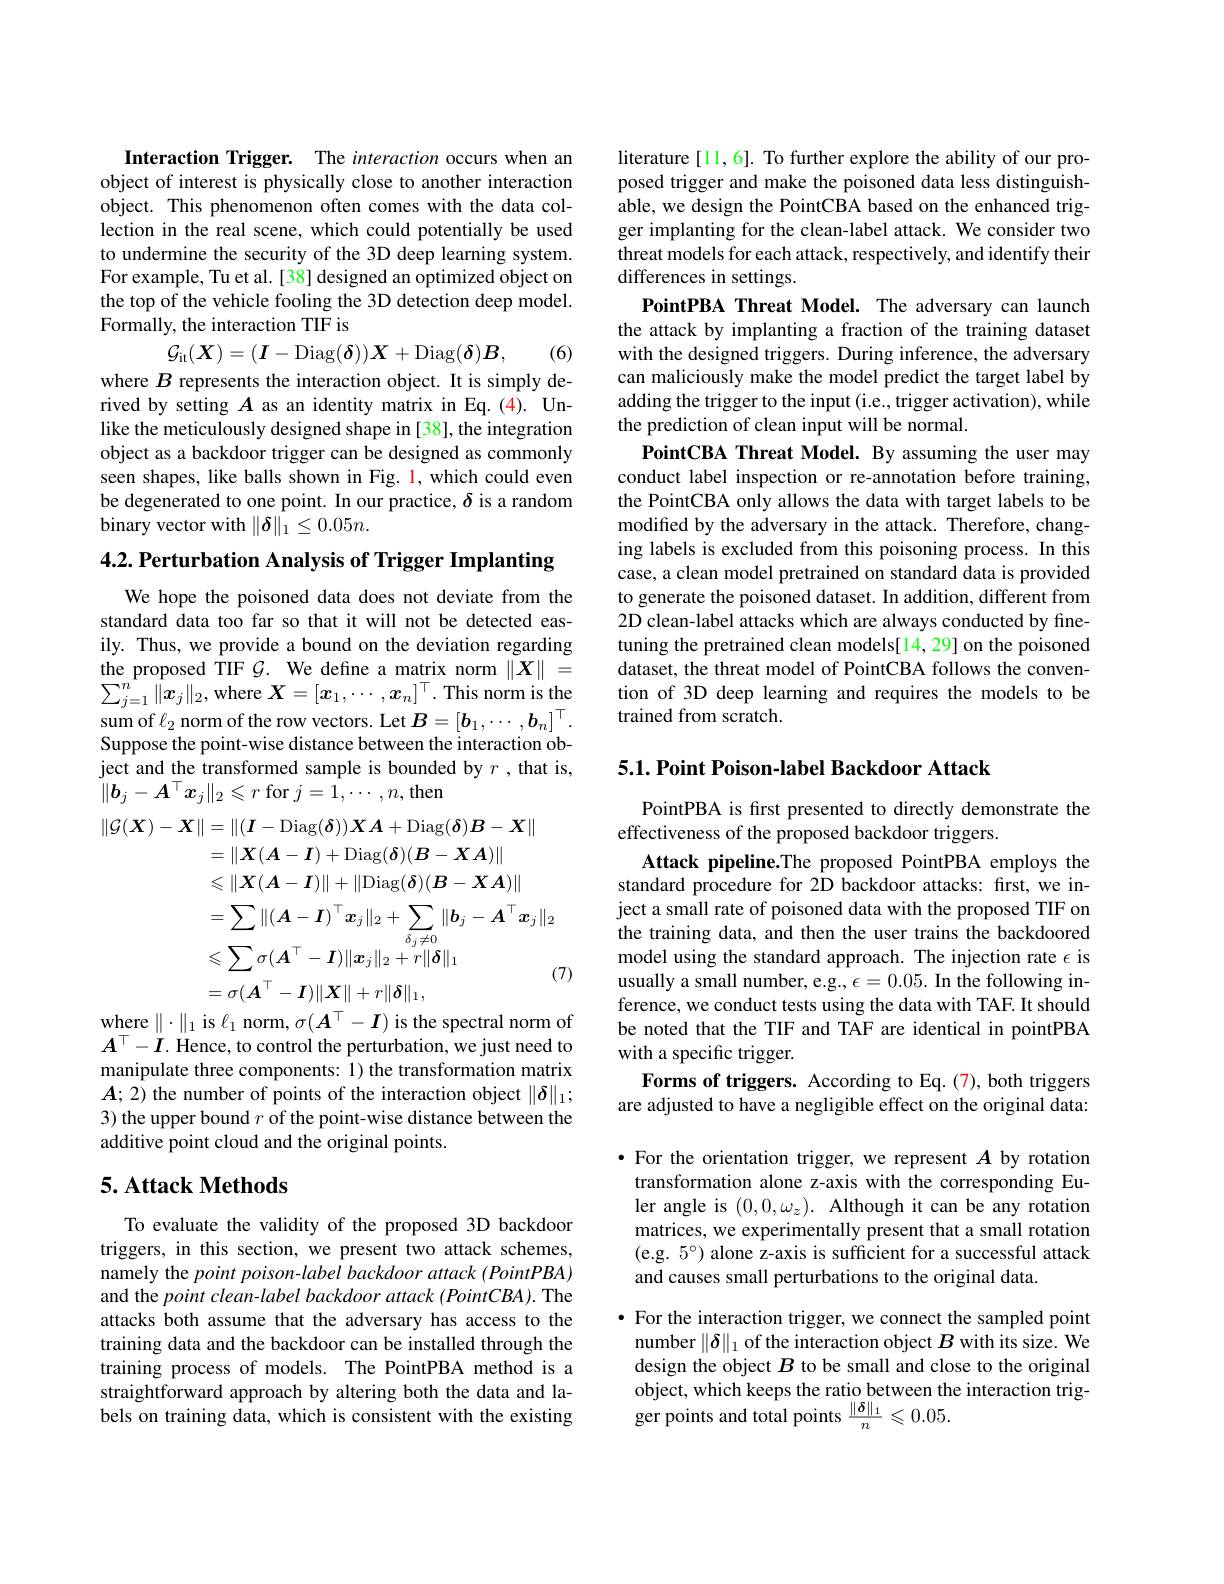
Interaction Trigger. The interaction occurs when an object of interest is physically close to another interaction object. This phenomenon often comes with the data collection in the real scene, which could potentially be used to undermine the security of the 3D deep learning system. For example, Tu et al. [38] designed an optimized object on the top of the vehicle fooling the 3D detection deep model. Formally, the interaction TIF is
$$\mathcal{G}_{\mathrm{it}}(\boldsymbol{X})=(\boldsymbol{I}-\mathrm{Diag}(\boldsymbol{\delta}))\boldsymbol{X}+\mathrm{Diag}(\boldsymbol{\delta})\boldsymbol{B},$$
(6)

where $B$ represents the interaction object. It is simply derived by setting $A$ as an identity matrix in Eq.(4). Unlike the meticulously designed shape in [38], the integration object as a backdoor trigger can be designed as commonly seen shapes, like balls shown in Fig. 1, which could even be degenerated to one point. In our practice, $\delta$ is a random binary vector with $\|\delta\|_1\leq0.05n.$

4.2. Perturbation Analysis of Trigger Implanting

We hope the poisoned data does not deviate from the standard data too far so that it will not be detected easily. Thus, we provide a bound on the deviation regarding $\begin{array}{l}\mathrm{the~proposed~TIF~}\mathcal{G}.&\mathrm{We~define~a~matrix~norm~}\|X\|=\\\sum_{j=1}^{n}\|x_j\|_2,\mathrm{where~}X=[x_1,\cdots,x_n]^\top.\text{This norm is the}\end{array}$ sum of $\ell_2$ norm of the row vectors. Let $B=[b_1,\cdots,b_n]^\top.$ Suppose the point-wise distance between the interaction object and the transformed sample is bounded by $r$,that is, $\|\boldsymbol{b}_j-\boldsymbol{A}^\top\boldsymbol{x}_j\|_2\leqslant r$ for $j=1,\cdots,n$,then
$$\begin{aligned}\|\mathcal{G}(\boldsymbol{X})-\boldsymbol{X}\|&=\|(\boldsymbol{I}-\mathrm{Diag}(\boldsymbol{\delta}))\boldsymbol{X}\boldsymbol{A}+\mathrm{Diag}(\boldsymbol{\delta})\boldsymbol{B}-\boldsymbol{X}\|\\&=\|\boldsymbol{X}(\boldsymbol{A}-\boldsymbol{I})+\mathrm{Diag}(\boldsymbol{\delta})(\boldsymbol{B}-\boldsymbol{X}\boldsymbol{A})\|\\&\leqslant\|\boldsymbol{X}(\boldsymbol{A}-\boldsymbol{I})\|+\|\mathrm{Diag}(\boldsymbol{\delta})(\boldsymbol{B}-\boldsymbol{X}\boldsymbol{A})\|\\&=\sum\|(\boldsymbol{A}-\boldsymbol{I})^\top\boldsymbol{x}_j\|_2+\sum_{\delta_j\neq0}\|\boldsymbol{b}_j-\boldsymbol{A}^\top\boldsymbol{x}_j\|_2\\&\leqslant\sum\sigma(\boldsymbol{A}^\top-\boldsymbol{I})\|\boldsymbol{x}_j\|_2+r\|\boldsymbol{\delta}\|_1\\&=\sigma(\boldsymbol{A}^\top-\boldsymbol{I})\|\boldsymbol{X}\|+r\|\boldsymbol{\delta}\|_1,\\\end{aligned}$$
where $\|\cdot\|_1$ is $\ell_1$ norm$,\sigma(\boldsymbol{A}^\top-\boldsymbol{I})$ is the spectral norm of $A^\top-I$. Hence, to control the perturbation, we just need to manipulate three components: 1) the transformation matrix $A;$2) the number of points of the interaction object $\|\delta\|_1;$ 3) the upper bound $r$ of the point-wise distance between the additive point cloud and the original points.

## 5. Attack Methods

To evaluate the validity of the proposed 3D backdoor triggers, in this section, we present two attack schemes, namely the point poison-label backdoor attack (PointPBA) and the point clean-label backdoor attack (PointCBA). The attacks both assume that the adversary has access to the training data and the backdoor can be installed through the training process of models. The PointPBA method is a straightforward approach by altering both the data and labels on training data, which is consistent with the existing

literature [11, 6]. To further explore the ability of our proposed trigger and make the poisoned data less distinguishable, we design the PointCBA based on the enhanced trigger implanting for the clean-label attack. We consider two threat models for each attack, respectively, and identify their differences in settings.
PointPBA Threat Model. The adversary can launch the attack by implanting a fraction of the training dataset with the designed triggers. During inference, the adversary can maliciously make the model predict the target label by adding the trigger to the input (i.e., trigger activation), while the prediction of clean input will be normal.
PointCBA Threat Model. By assuming the user may conduct label inspection or re-annotation before training, the PointCBA only allows the data with target labels to be modified by the adversary in the attack. Therefore, changing labels is excluded from this poisoning process. In this case, a clean model pretrained on standard data is provided to generate the poisoned dataset. In addition, different from 2D clean-label attacks which are always conducted by finetuning the pretrained clean models[14,29] on the poisoned dataset, the threat model of PointCBA follows the convention of 3D deep learning and requires the models to be trained from scratch.

$5. 1. \textbf{Point Poison- label Backdoor Attack}$

PointPBA is fırst presented to directly demonstrate the
effectiveness of the proposed backdoor triggers.
Attack pipeline.The proposed PointPBA employs the standard procedure for 2D backdoor attacks: first, we inject a small rate of poisoned data with the proposed TIF on the training data, and then the user trains the backdoored model using the standard approach. The injection rate $\epsilon$ is usually a small number, e.g., $\epsilon = 0. 05. \textbf{In the following in- }$ ference, we conduct tests using the data with TAF. It should be noted that the TIF and TAF are identical in pointPBA with a specific trigger.
Forms of triggers. According to Eq. (7), both triggers are adjusted to have a negligible effect on the original data: ·For the orientation trigger, we represent $A$ by rotation transformation alone z-axis with the corresponding Euler angle is $(0,0,\omega_{z}).$ Although it can be any rotation matrices, we experimentally present that a small rotation (e.g. $5^\circ)$ alone z-axis is sufficient for a successful attack and causes small perturbations to the original data

$\bullet$ For the interaction trigger, we connect the sampled point number $\|\delta\|_1$ of the interaction object $B$ with its size. We design the object $B$ to be small and close to the original object, which keeps the ratio between the interaction trigger points and total points $\frac{\|\delta\|_1}n\leqslant0.05.$